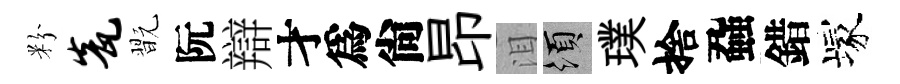
粉瓮翫阮辯才爲尙昂泪須璞捨蝨錯塚